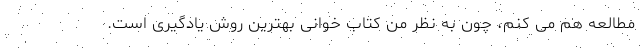
مطالعه هم می کنم، چون به نظر من کتاب خوانی بهترین روش یادگیری است.